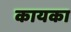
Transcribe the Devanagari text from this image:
कायका